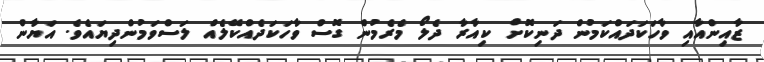
ޒާއިންއާއި ވާހަކަދައްކަމުން ދަނިކޮށް ކިއާރާ ދެލޯ މެރެމުން ގޮސް ވާހަކަދެއްކޭލެއް ލަސްވަމުންދިޔައެވެ. އަޔާން